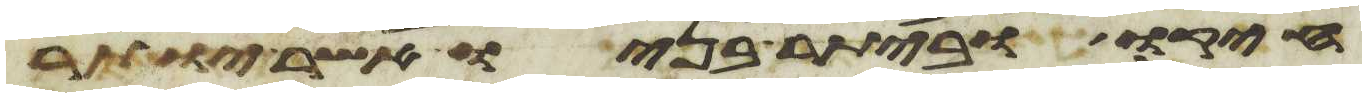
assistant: חיקו וביתר בניו אשר יותר